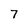
Character: 7